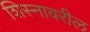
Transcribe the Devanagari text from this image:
शिस्नावरील